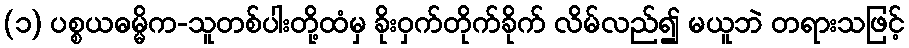
(၁) ပစ္စယဓမ္မိက-သူတစ်ပါးတို့ထံမှ ခိုးဝှက်တိုက်ခိုက် လိမ်လည်၍ မယူဘဲ တရားသဖြင့်